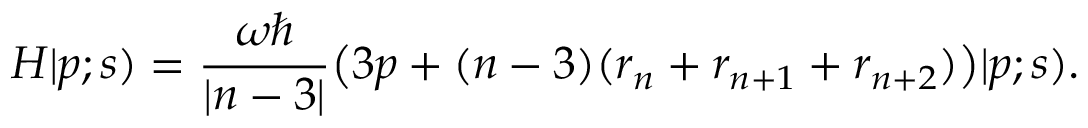
H | p ; s ) = { \frac { \omega \hbar } { | n - 3 | } } \big ( 3 p + ( n - 3 ) ( r _ { n } + r _ { n + 1 } + r _ { n + 2 } ) \big ) | p ; s ) .